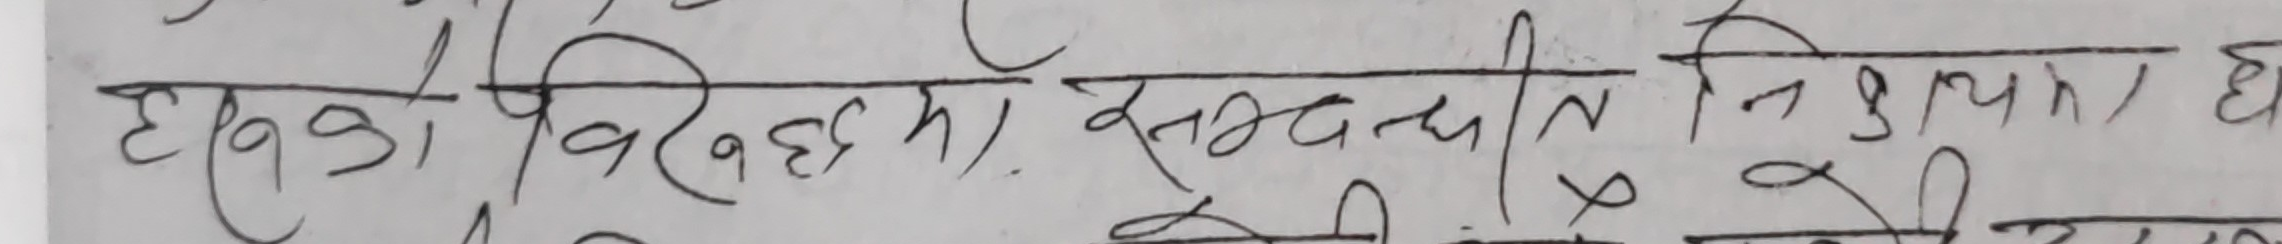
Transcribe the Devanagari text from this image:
हरुको विषयमा सम्बन्धीत निकायमा छा